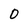
Character: 0